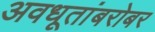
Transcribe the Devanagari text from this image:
अवधूतांबरोबर